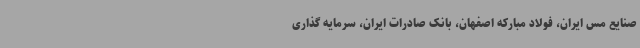
صنایع مس ایران، فولاد مبارکه اصفهان، بانک صادرات ایران، سرمایه‌ گذاری